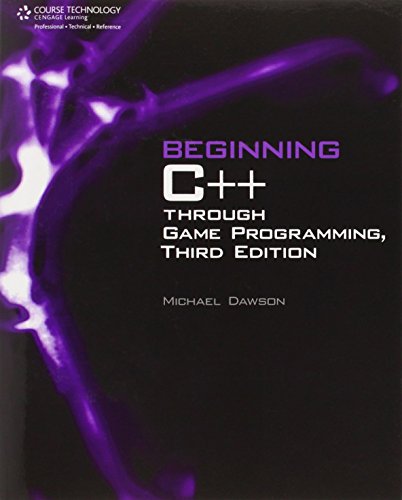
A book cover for Beginning C++ Through Game Programming; Michael Dawson; Computers & Technology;